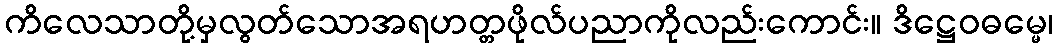
ကိလေသာတို့မှလွတ်သောအရဟတ္တဖိုလ်ပညာကိုလည်းကောင်း။ ဒိဋ္ဌေဝဓမ္မေ၊